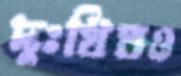
দুঃখিতও